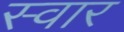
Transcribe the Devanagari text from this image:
स्‍वार